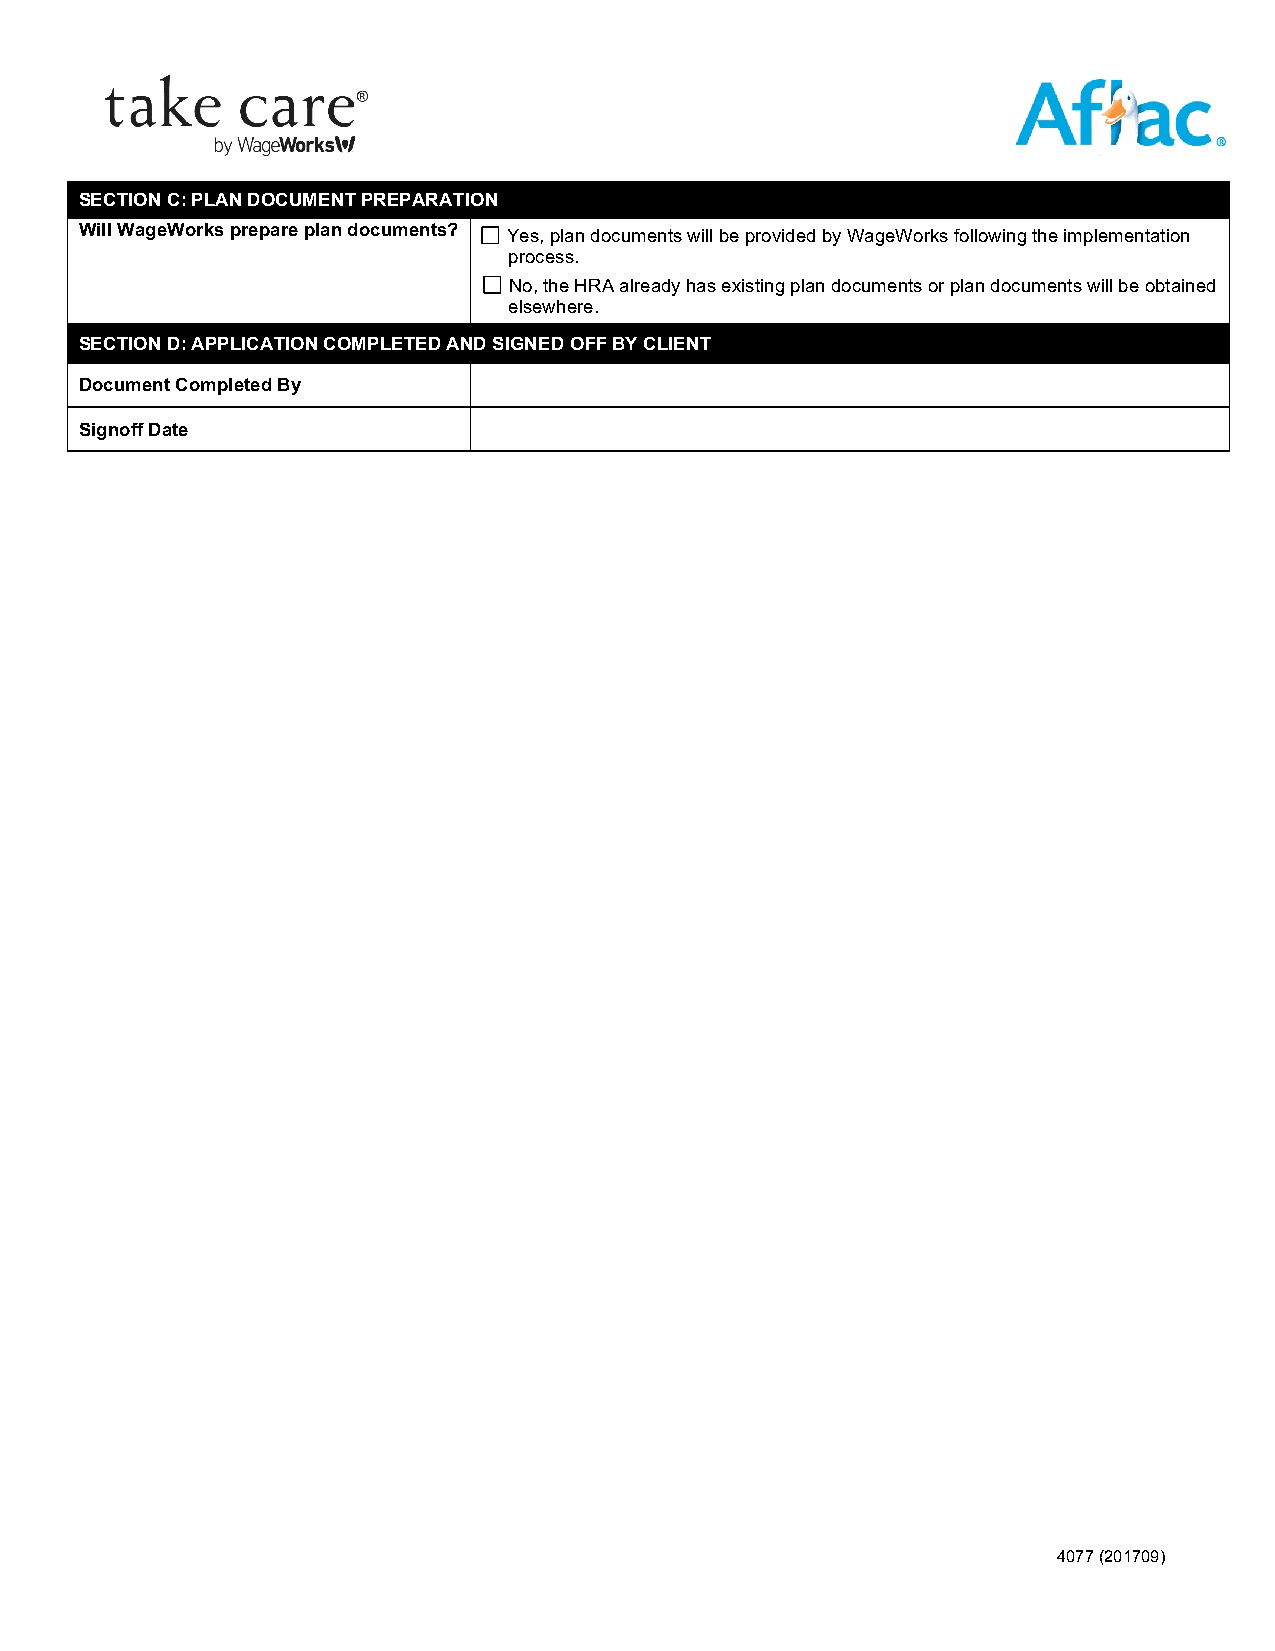
SECTION C: PLAN DOCUMENT PREPARATION
 Will WageWorks prepare plan documents? Yes, plan documents will be provided by WageWorks following the implementation
 process.
 No, the HRA already has existing plan documents or plan documents will be obtained
 elsewhere.
 SECTION D: APPLICATION COMPLETED AND SIGNED OFF BY CLIENT
 Document Completed By
 Signoff Date
 4077 (201709)